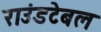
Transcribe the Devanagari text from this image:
राउंडटेबल